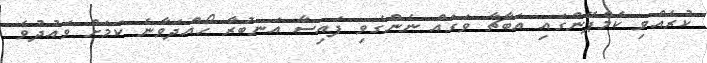
ކުރެއްވި ކެމްޕޭންގައި އަބާޗާ ވަގައް ނެންގެވި ފައިސާ އަނބުރާ ހޯއްދަވާނެ ކަމަށް ވައުދުވެ